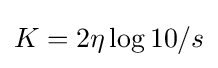
K=2\eta \log 10/s